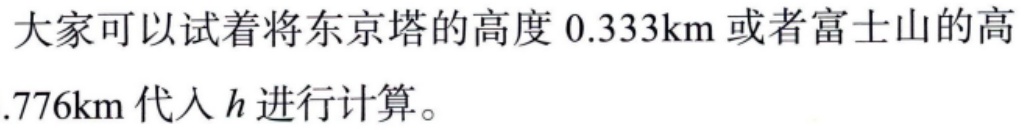
大家可以试着将东京塔的高度 \(0.333\text{km}\) 或者富士山的高 \( .776\text{km}\) 代入 \(h\) 进行计算。